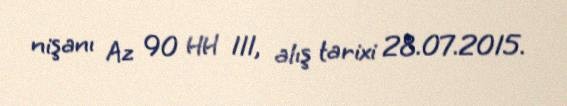
nişanı Az 90 HH 111, alış tarixi 28.07.2015.